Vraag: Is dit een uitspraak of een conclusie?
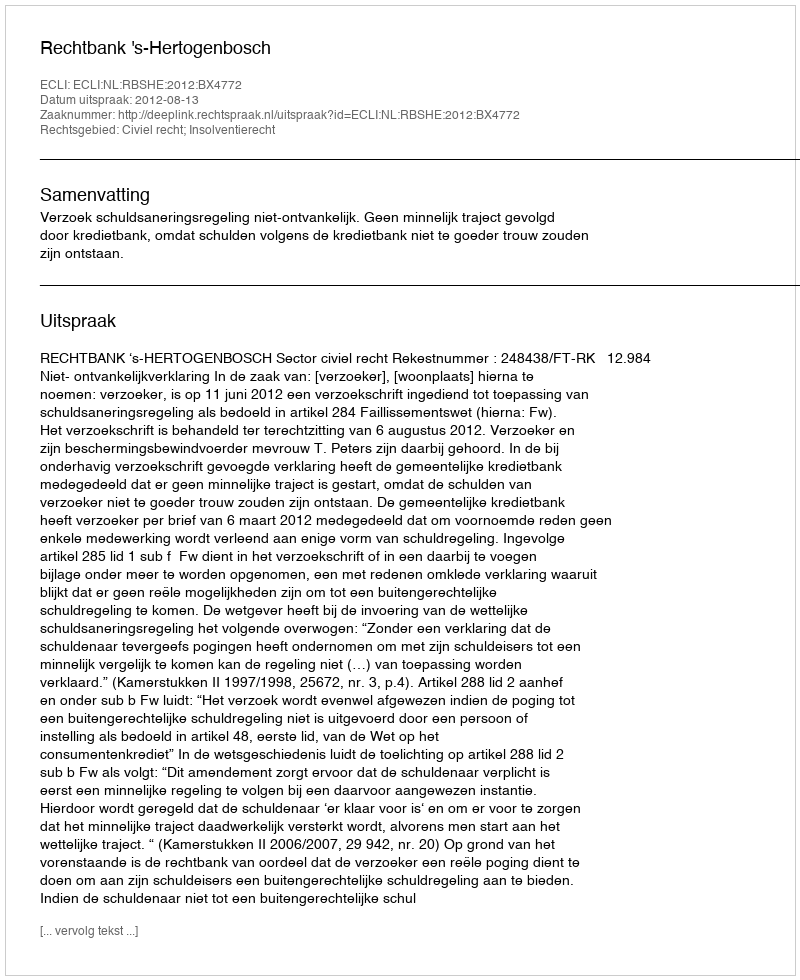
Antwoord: Uitspraak